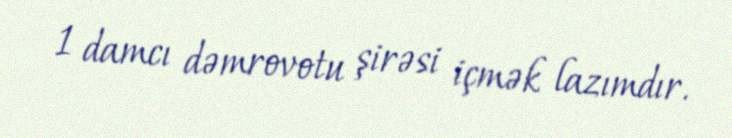
1 damcı dəmrovotu şirəsi içmək lazımdır.